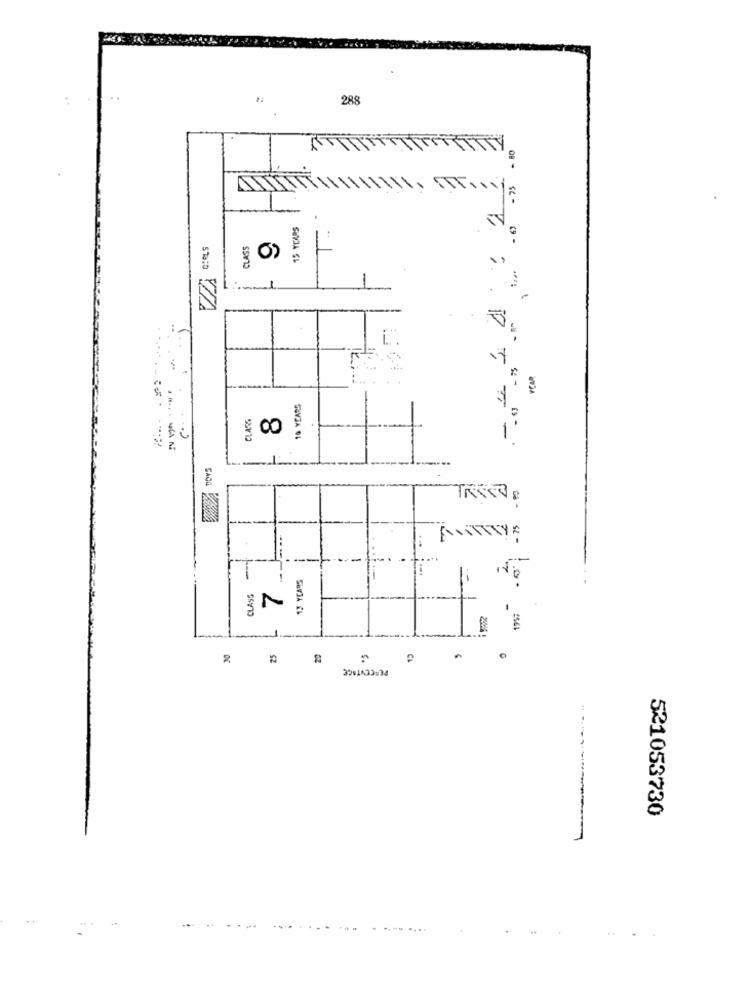
288
CLASS
-
1-
10 YEARS
CLASS
: ?
18
1
- --
SANG
- 75
AWITTYA
=
CLASS
2561
5.
PERCENTAGE
C&
521053730